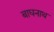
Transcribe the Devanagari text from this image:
बाघनाथ